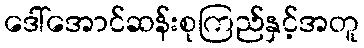
ဒေါ်အောင်ဆန်းစုကြည်နှင့်အတူ